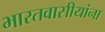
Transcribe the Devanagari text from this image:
भारतवासीयांना